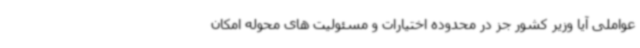
عواملی آیا وزیر کشور جز در محدوده اختیارات و مسئولیت های محوله امکان